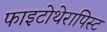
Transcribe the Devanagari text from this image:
फाइटोथेरापिस्ट